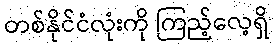
တစ်နိုင်ငံလုံးကို ကြည့်လေ့ရှိ